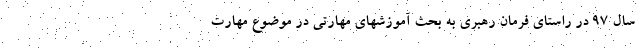
سال ۹۷ در راستای فرمان رهبری به بحث آموزشهای مهارتی در موضوع مهارت